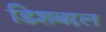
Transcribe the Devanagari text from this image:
डिशबद्दल